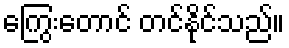
ကြွေးတောင် တင်နိုင်သည်။